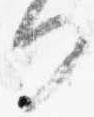
何